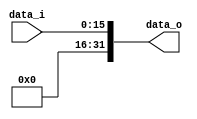
module Zero_Filled( data_i, data_o );

//I/O ports
input	[16-1:0] data_i;
output	[32-1:0] data_o;

//Internal Signals
wire	[32-1:0] data_o;

//Zero_Filled
/*your code here*/
reg     [32-1:0] data_os;
assign data_o=data_os;
always @* begin
    data_os = {{16{1'b0}},data_i[15:0]};
end



endmodule